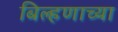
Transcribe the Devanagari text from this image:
बिल्हणाच्या